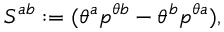
S ^ { a b } : = ( \theta ^ { a } p ^ { \theta b } - \theta ^ { b } p ^ { \theta a } ) ,